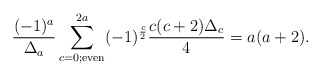
\begin{align*}{ (-1)^{a} \over \Delta_{a} }\sum_{c=0; {\rm even}}^{2a} (-1)^{\frac{c}{2}} { c(c+2) \Delta_{c} \over 4} = a(a+2).\end{align*}